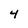
Character: 4